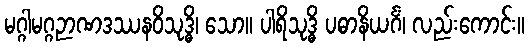
မဂ္ဂါမဂ္ဂဉာဏဒဿနဝိသုဒ္ဓိ၊ သော။ ပါရိသုဒ္ဓိ ပဓာနိယင်္ဂံ၊ လည်းကောင်း။